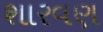
શારવણ